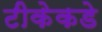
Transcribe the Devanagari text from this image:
टीकेकडे